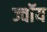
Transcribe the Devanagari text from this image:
ज्वॉय